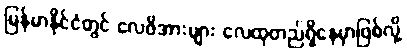
မြန်မာနိုင်ငံတွင် လေဖိအားများ လေထုတည်ရှိနေမှာဖြစ်လို့